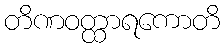
တိဏဝတ္ထာရကောတိ